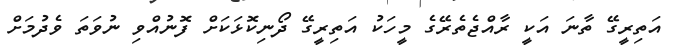
އަތިރީގޭ ތާނަ އަކީ ރާއްޖެތެރޭގެ މީހަކު އަތިރީގޭ ދޯނިކޮޅަކަށް ފޮނުއްވި ނުވަތަ ވެދުމަށް